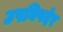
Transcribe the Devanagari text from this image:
उपनिषदेर